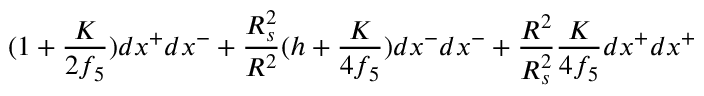
( 1 + \frac { K } { 2 f _ { 5 } } ) d x ^ { + } d x ^ { - } + \frac { R _ { s } ^ { 2 } } { R ^ { 2 } } ( h + \frac { K } { 4 f _ { 5 } } ) d x ^ { - } d x ^ { - } + \frac { R ^ { 2 } } { R _ { s } ^ { 2 } } \frac { K } { 4 f _ { 5 } } d x ^ { + } d x ^ { + }